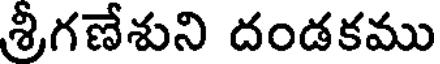
శ్రీగణేశుని దండకము